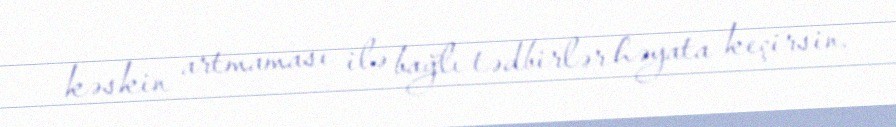
kəskin artmaması ilə bağlı tədbirlər həyata keçirsin.